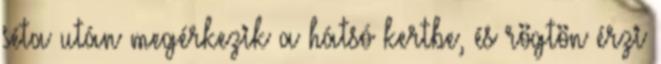
séta után megérkezik a hátsó kertbe, és rögtön érzi